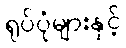
ရုပ်ပုံများနှင့်